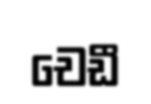
චෙඩී